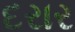
દરાર